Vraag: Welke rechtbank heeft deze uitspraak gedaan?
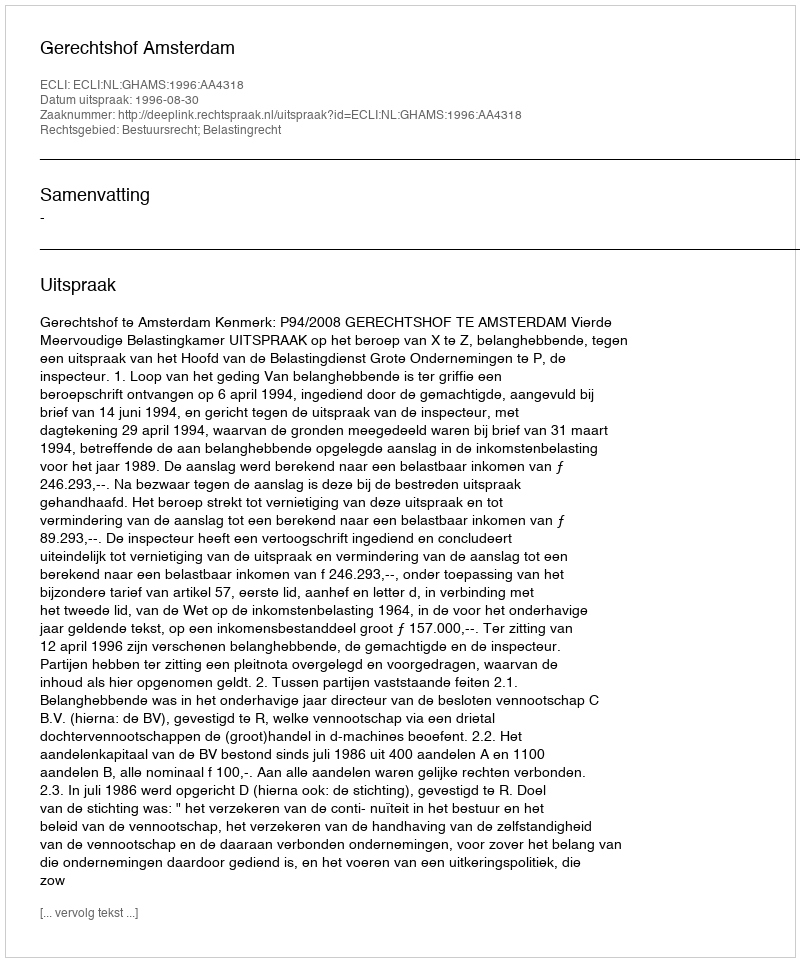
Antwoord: Gerechtshof Amsterdam